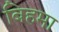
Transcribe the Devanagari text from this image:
बिहमा